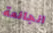
الجائعة